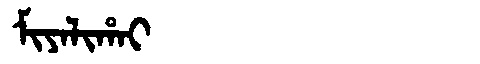
Manchu: ᠮᡳᠶᠠᠯᡳᡥᠠᡳ
Romanization: MIYALIHAI